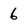
Character: 6